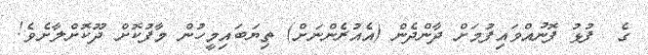
ގެ  ފުޅު ފޮނުއްވައިފުމަށް ދާންދެން (އެއުރެންނަށް) ތިޔަބައިމީހުން މާފުކޮށް ދޫކޮށްލާށެވެ!